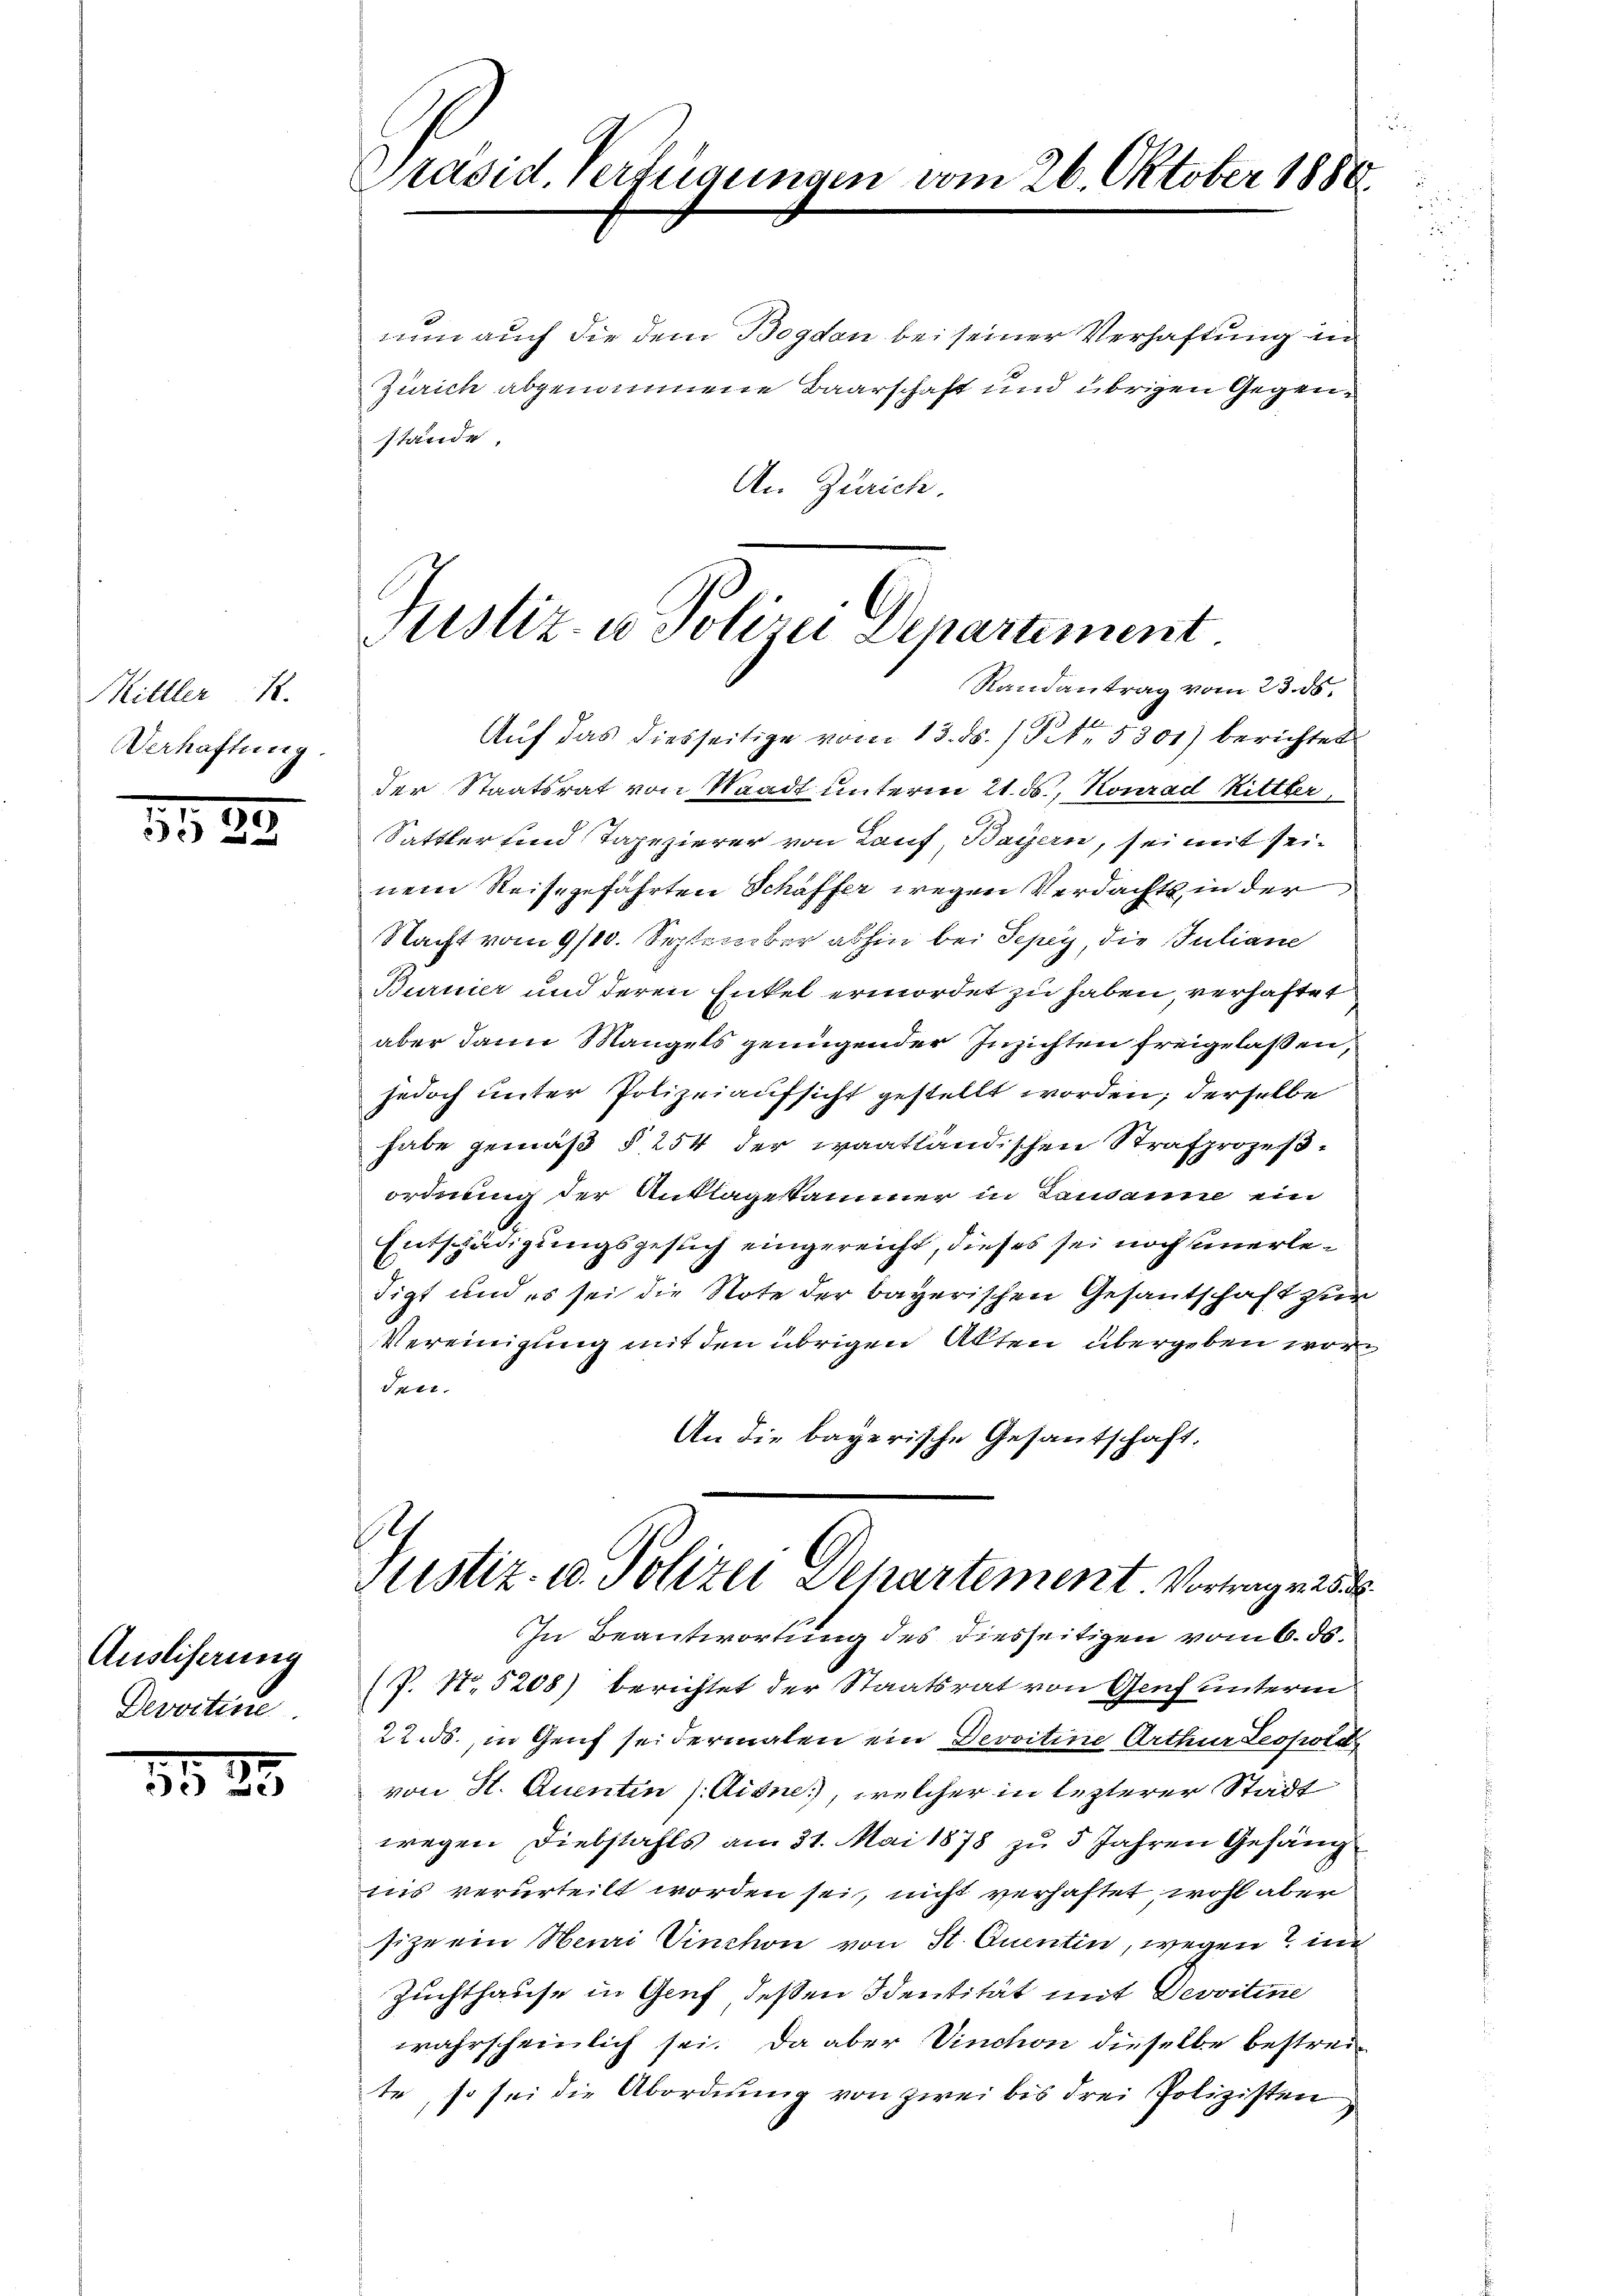
Hittler 1
Verhaftung.

3183

Auslieferung
Devoctine

5925

Präsid. Verfügungen vom 26. Oktober 1888.

nun auch die dem Bogdan bei seiner Verhaftung in
Zürich abgenommene Baarschaft und übrigen Gegenstände,
An Zürich

Justiz- u Polizei Departement
Randantrag vom 23. ds.

Auf das diesseitige vom 13. ds. / Pct. 5301) berichtet
der Staatsrat von Waadt unterm 21. ds., Konrad Ritter,
Sattler und Tapezierer von Lauf, Bayern, sei mit seinem Reisegefahrten Schaffer wegen Verdachts in der
Nacht vom 9/10. September abhin bei Pepey die Juliane
Burnier und deren Enkel ermordet zu haben, verhaftet
aber dann Mangels genügender Inzichten freigelaßen,
jedoch unter Polizeiaufsicht gestellt worden; derselbe
habe gemäß § 254 der waatländischen Strafprozeßordnung der Anklagesammer in Tandanne ein
Entschädigungsgesuch eingereicht, dieses sei noch unerledigt und es sei die Note der bayerischen Gesantschaft zur
Vereinigung mit den übrigen Akten übergeben wor¬
Tetr.
An die bayerische Gesantschaft.
9
Justiz- u. Polizei Departement Vortrag 25
In Beantwortung des diesseitigen vom 6. ds.
T. No 5208) berichtet der Staatsrat von Genf unterm
s
22. ds., in Genf sei dermalen ein Devoitine Arthur Leopold
von St. Quentin /: Aigne, welcher in lezterer Stadt
wegen Diebstahls am 31. Mai 1878 zu 5 Jahren Gefäng
nis verurteilt worden sei, nicht verhaftet, wohl aber
size ein Henri Vinchon von St. Quentin, wegen? in
Zuchthause in Gruf deßen Identität mit Devvitine
wahrscheinlich sei. Da aber Vinchon dieselbe bestreite, so sei die Abordnung von zwei bis drei Polizisten